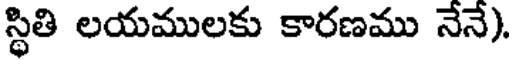
స్థితి లయములకు కారణము నేనే).